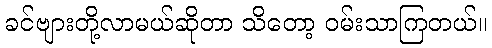
ခင်ဗျားတို့လာမယ်ဆိုတာ သိတော့ ဝမ်းသာကြတယ်။